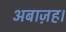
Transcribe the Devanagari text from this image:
अबाज़ह।